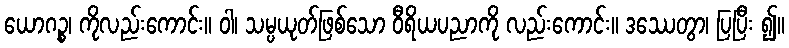
ယောဂဉ္စ၊ ကိုလည်းကောင်း။ ဝါ၊ သမ္ပယုတ်ဖြစ်သော ဝီရိယပညာကို လည်းကောင်း။ ဒဿေတွာ၊ ပြပြီး ၍။